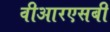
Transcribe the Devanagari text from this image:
वीआरएसबी